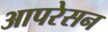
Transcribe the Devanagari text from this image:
आपरेसन